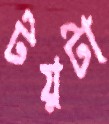
টয়টা